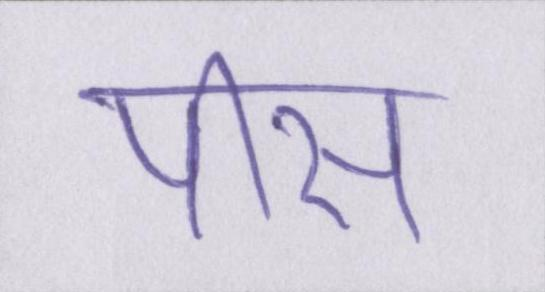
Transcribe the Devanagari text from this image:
पीस